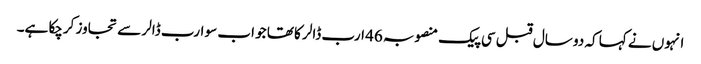
انہوں نے کہا کہ دو سال قبل سی پیک منصوبہ 46 ارب ڈالر کا تھا جو اب سو ارب ڈالر سے تجاوز کرچکا ہے۔